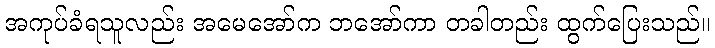
အကုပ်ခံရသူလည်း အမေအော်က ဘအော်ကာ တခါတည်း ထွက်ပြေးသည်။